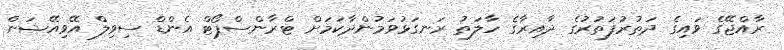
ރާއްޖޭގެ ވައިގެ ދަތުރުފަތުރުގެ ދާއިރާގެ ހާލަތު ރަނގަޅުވަމުންދާކަމަށް ޓްރާންސްޕޯޓް އެންޑް ސިވިލް އޭވިއޭޝަން